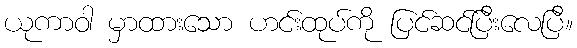
ယုကာဝါ မှာထားသော ဟင်းထုပ်ကို ပြင်ဆင်ပြီးလေပြီ။